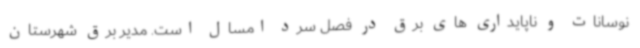
نوسانات و ناپایداری های برق در فصل سرد امسال است. مدیر برق شهرستان